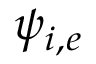
\psi _ { i , e }